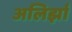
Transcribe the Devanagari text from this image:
अलिर्झा